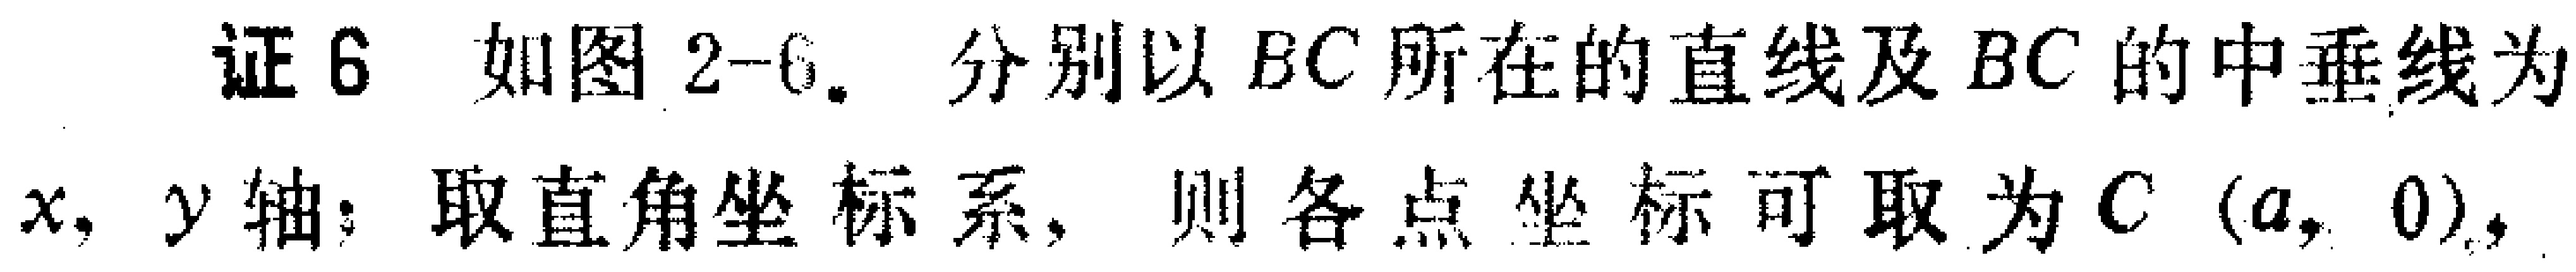
证6 如图2-6. 分别以 \(BC\) 所在的直线及 \(BC\) 的中垂线为 \(x,y\) 轴：取直角坐标系，则各点坐标可取为 \(C(a,0)\)，